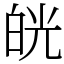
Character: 㿠